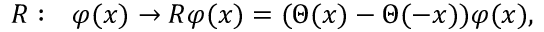
{ \cal R } : \ \ \varphi ( x ) \rightarrow { \cal R } \varphi ( x ) = ( \Theta ( x ) - \Theta ( - x ) ) \varphi ( x ) ,